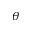
\theta